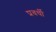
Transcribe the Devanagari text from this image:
प्रवर्धी